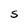
Character: S